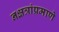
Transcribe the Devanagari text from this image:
नक्षत्रांप्रमाणे